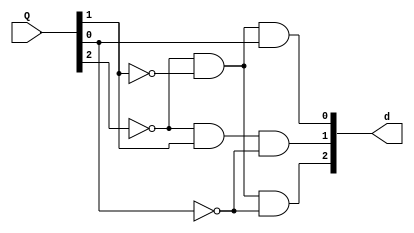
module converter
(
	input [2:0] Q, //NEXT state
	output [2:0] d //decoded state
	
);

assign d[0] = (~Q[2] & ~Q[1] & Q[0]) ;

assign d[1] = (~Q[2] & Q[1] & ~Q[0]);

assign d[2] = (~Q[2] & ~Q[1] & ~Q[0]); 

endmodule